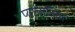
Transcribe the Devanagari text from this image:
प्याचालित